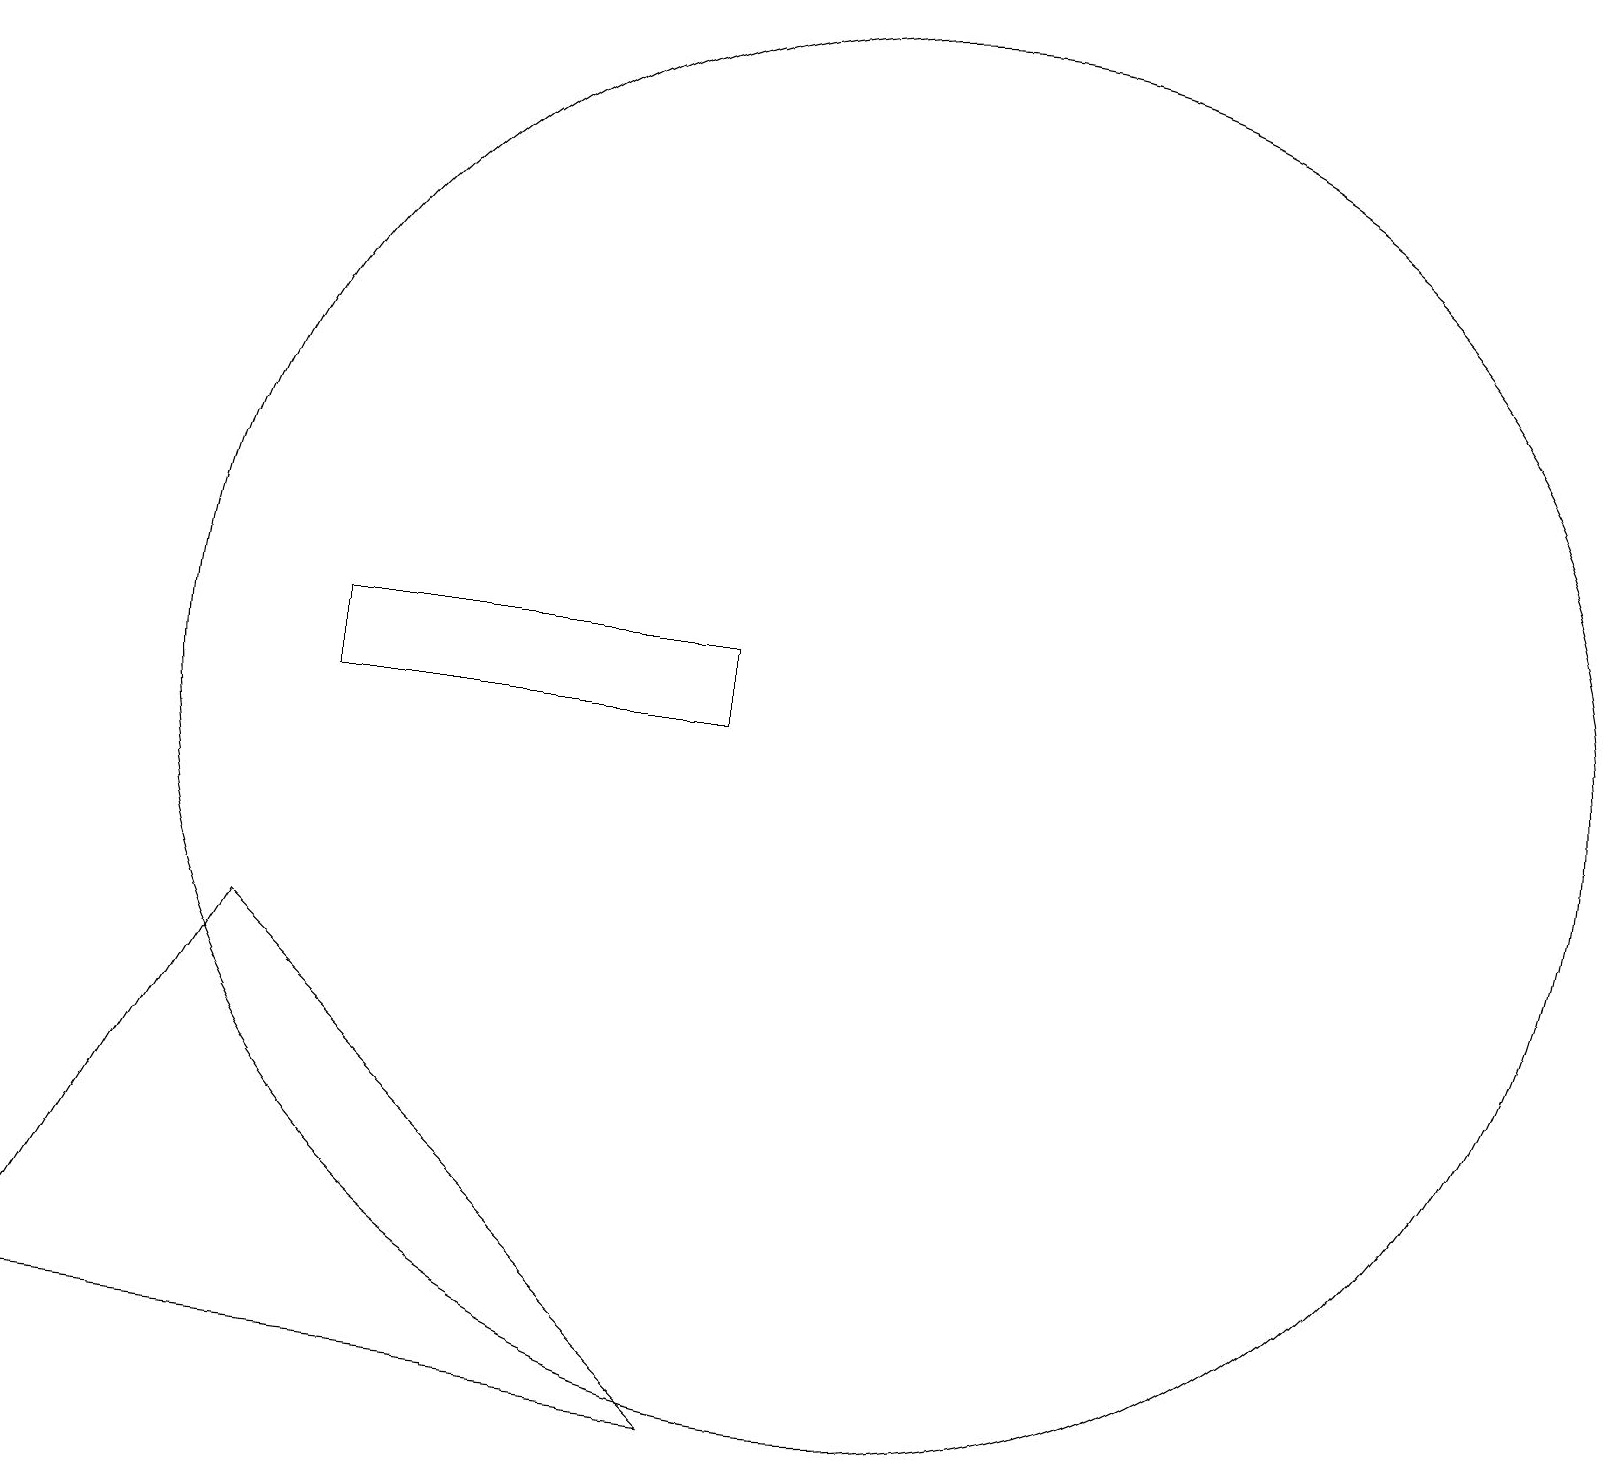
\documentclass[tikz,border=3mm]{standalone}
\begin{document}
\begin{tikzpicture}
\draw (0,11) rectangle (0,11);
\draw (11,11) circle (9);
\draw (9,11) rectangle (4,12);
\draw (3,8) -- (9,2) -- (0,3) -- cycle;
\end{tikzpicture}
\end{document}